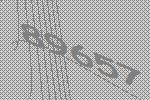
89657